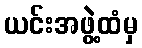
ယင်းအဖွဲ့ထံမှ